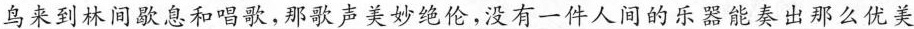
鸟来到林间歇息和唱歌，那歌声美妙绝伦，没有一件人间的乐器能奏出那么优美